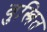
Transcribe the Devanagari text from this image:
वुस्त्रित